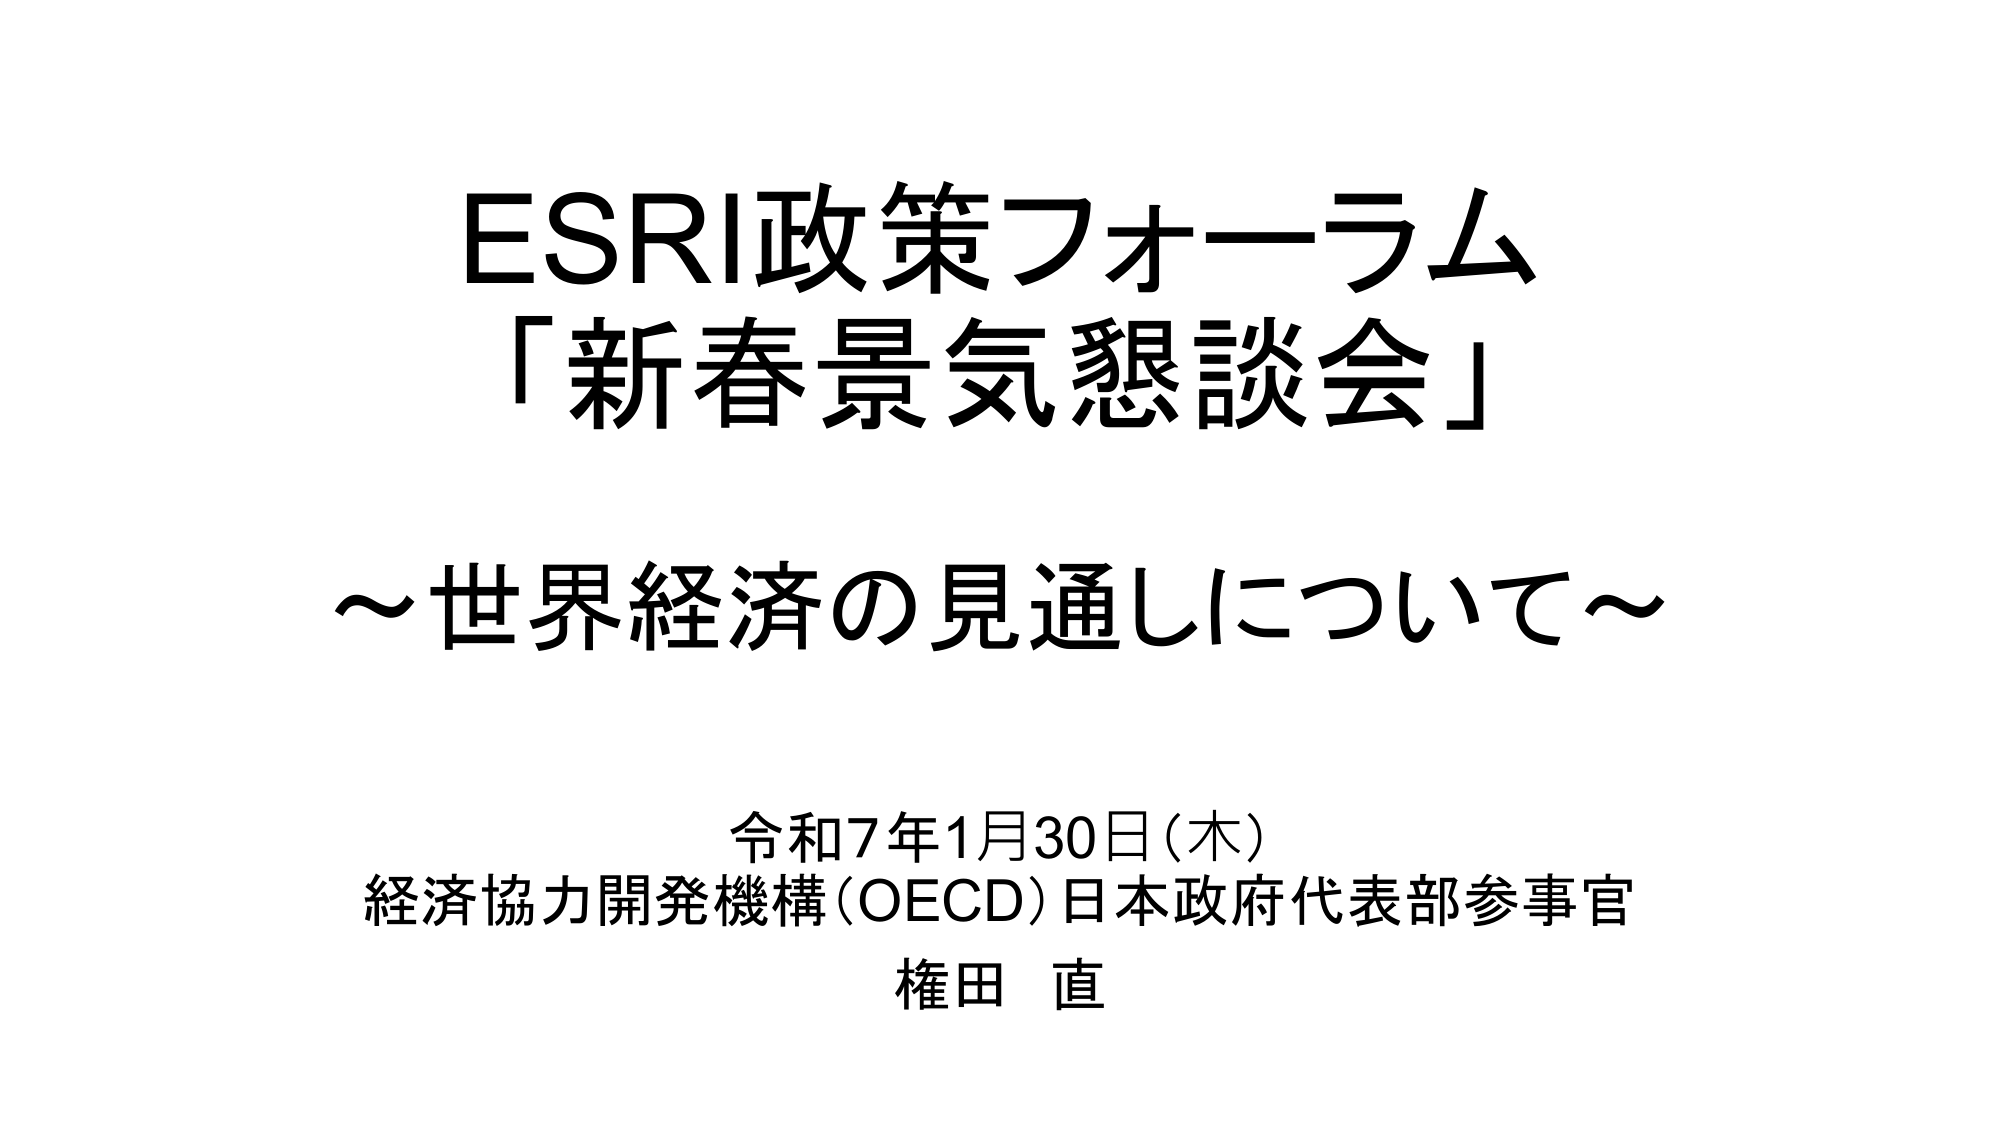
ESRI政策フォーラム
「新春景気懇談会」
～世界経済の見通しについて～

令和7年1月30日(木)
経済協力開発機構(OECD)日本政府代表部参事官
権田 直